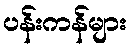
ပန်းကန်များ